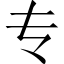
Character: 专